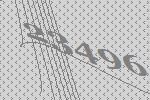
23496